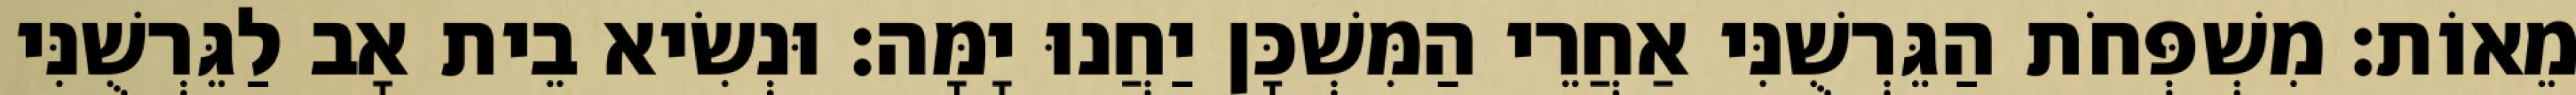
מֵאוֹת׃ מִשְׁפְּחֹת הַגֵּרְשֻׁנִּי אַחֲרֵי הַמִּשְׁכָּן יַחֲנוּ יָמָּה׃ וּנְשִׂיא בֵית אָב לַגֵּרְשֻׁנִּי